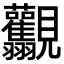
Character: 𧢯